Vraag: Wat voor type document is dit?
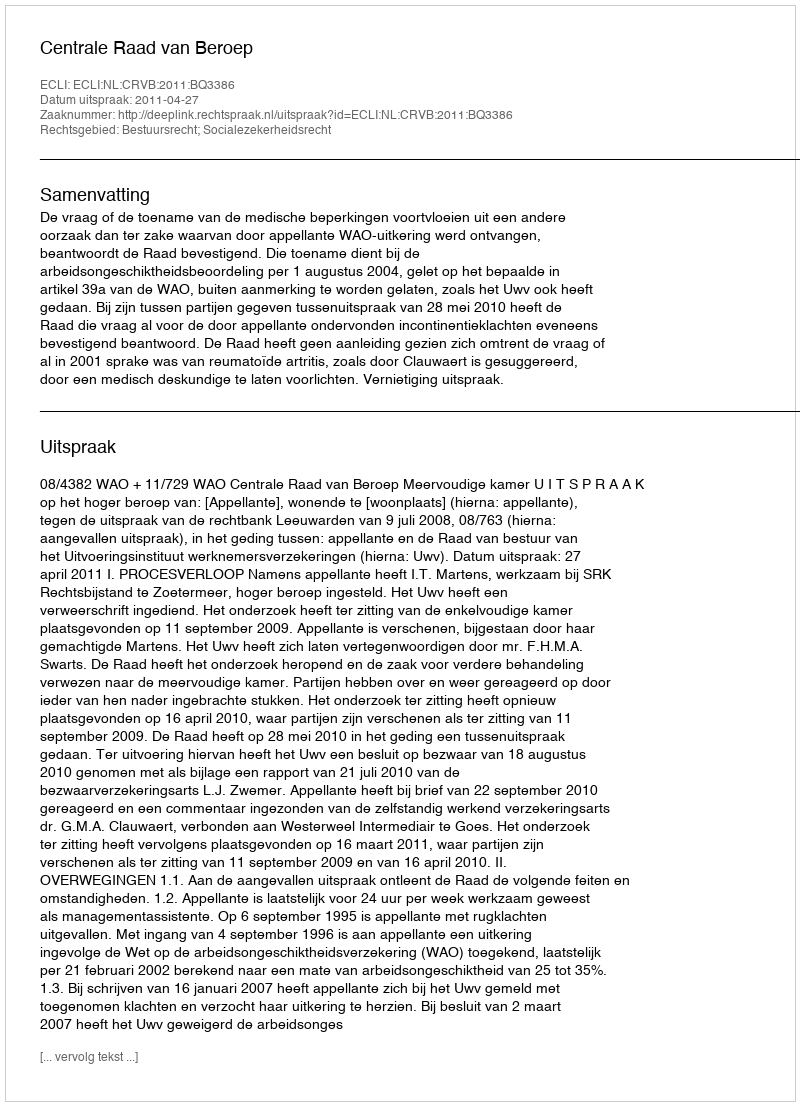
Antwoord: Uitspraak